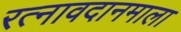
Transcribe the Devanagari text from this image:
रत्नावदानमाला